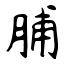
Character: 脯